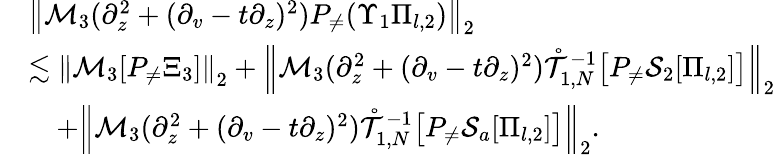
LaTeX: \begin{array}{rl}&{\left\| \mathcal{M}_{3}(\partial_{z}^{2}+(\partial_{v}-t\partial_{z})^{2})P_{\neq}(\Upsilon_{1}\Pi_{l,2})\right\| _{2}}\\ &{\lesssim\left\| \mathcal{M}_{3}[P_{\neq}\Xi_{3}]\right\| _{2}+\left\| \mathcal{M}_{3}(\partial_{z}^{2}+(\partial_{v}-t\partial_{z})^{2})\mathring{\mathcal{T}}_{1,N}^{-1}\big[P_{\neq}\mathcal{S}_{2}[\Pi_{l,2}]\big]\right\| _{2}}\\ &{\quad+\left\| \mathcal{M}_{3}(\partial_{z}^{2}+(\partial_{v}-t\partial_{z})^{2})\mathring{\mathcal{T}}_{1,N}^{-1}\big[P_{\neq}\mathcal{S}_{a}[\Pi_{l,2}]\big]\right\| _{2}.}\end{array}